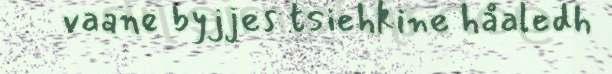
vaane byjjes tsiehkine håaledh